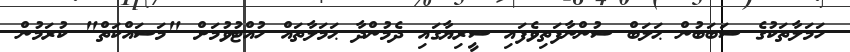
ހަމަލާތަކުގެ ސަބަބުން ޙަލަބް ސުންނާފަތިވެފައި ސީރިޔާގައި ދެމުންދާ ޙަމަލާތައް ހުއްޓުވުމަށް "މަސައްކަތް" ކުރަމުން